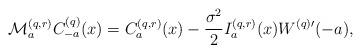
LaTeX: \begin{align*} \mathcal{M}_a^{(q,r)} C_{-a}^{(q)} (x) = C_a^{(q,r)}(x) - \frac{\sigma^2}{2}I_a^{(q,r)} (x) W^{(q)\prime} (-a),\end{align*}